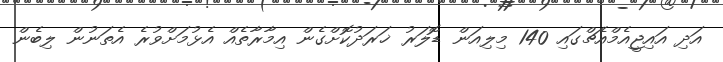
އަދި އައިޖީއެމްއެޗްގައި 140 މިލިއަން ޑޮލަރު ޚަރަދުކޮށްގެން އިމާރާތެއް އެޅުމަށްވުރެ އެތަނުން ލިބެން